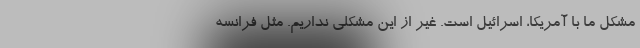
مشکل ما با آمریکا، اسرائیل است. غیر از این مشکلی نداریم. مثل فرانسه